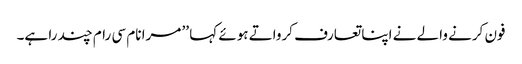
فون کرنے والے نے اپنا تعارف کرواتے ہوئے کہا ’’ مرا نام سی رام چند را ہے۔